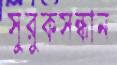
সুরুকসন্ধান